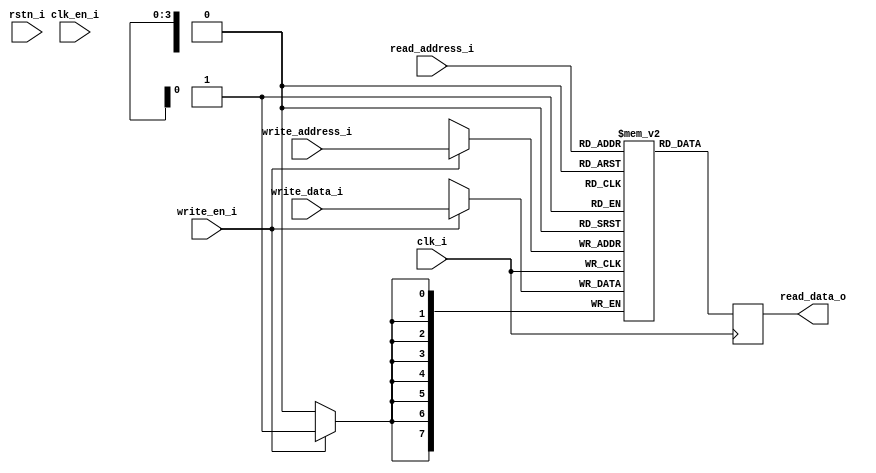
`timescale 1ns / 1ps

module RAM_Generator
	#(
		parameter C_DATA_WIDTH   = 8,
		parameter C_DEPTH        = 16,
		parameter C_CE_IN        = 0
	)
	(
		input  clk_i,
        input  rstn_i,
		input  clk_en_i,
		input  write_en_i,
		
		input  [$clog2(C_DEPTH) - 1 : 0] write_address_i,
		input  [C_DATA_WIDTH - 1 : 0]    write_data_i,

		input  [$clog2(C_DEPTH) - 1 : 0] read_address_i,
		output [C_DATA_WIDTH - 1 : 0]    read_data_o

	);

	reg [C_DATA_WIDTH - 1 : 0] read_data_r;
	reg [C_DATA_WIDTH - 1 : 0] buffer [C_DEPTH - 1 : 0];

	wire clk_en = C_CE_IN ? clk_en_i : 1;

	assign read_data_o = read_data_r;
	
    integer i;
    initial begin
        for (i = 0; i < C_DEPTH; i = i + 1) begin
            buffer[i] <= 0; 
        end
        read_data_r <= 0;
    end
    
    always @ (posedge clk_i) begin
        if (clk_en) begin
            if (write_en_i) begin
                buffer[write_address_i] <= write_data_i;
            end
            read_data_r <= buffer[read_address_i];
        end
    end

endmodule